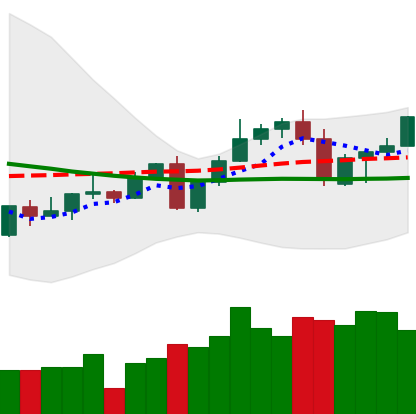
Ticker: LINK-USD
Chart end date: 2022-09-17
Forward return: -12.176%
Label: down_7plus